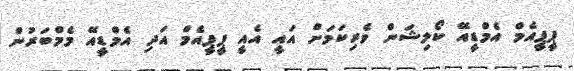
ޕީޕީއެމް އެމްޑީއޭ ކޯލިޝަން ވެރިކަމަށް އައީ އެއީ ޕީޕީއެމް އަދި އެމްޑީއޭ މެމްބަރުން